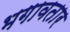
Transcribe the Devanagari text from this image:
भगावतार